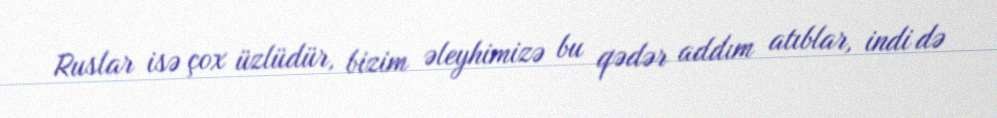
Ruslar isə çox üzlüdür, bizim əleyhimizə bu qədər addım atıblar, indi də